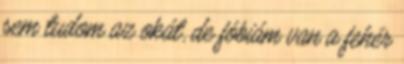
sem tudom az okát, de fóbiám van a fehér